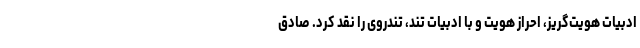
ادبیات هویت‌گریز، احراز هویت و با ادبیات تند، تندروی را نقد کرد. صادق